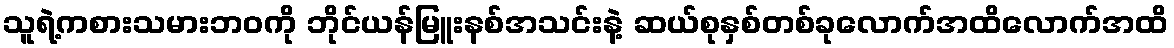
သူရဲ့ကစားသမားဘဝကို ဘိုင်ယန်မြူးနစ်အသင်းနဲ့ ဆယ်စုနှစ်တစ်ခုလောက်အထိလောက်အထိ